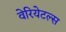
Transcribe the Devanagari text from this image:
वेरियेटल्स